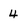
Character: 4